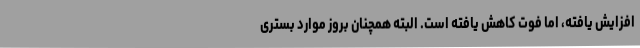
افزایش یافته، اما فوت کاهش یافته است. البته همچنان بروز موارد بستری